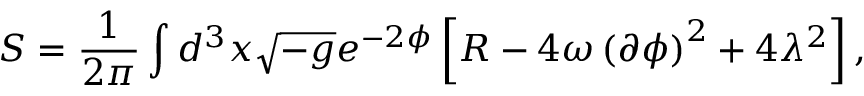
S = \frac { 1 } { 2 \pi } \int d ^ { 3 } x \sqrt { - g } e ^ { - 2 \phi } \left[ R - 4 \omega \left( \partial \phi \right) ^ { 2 } + 4 \lambda ^ { 2 } \right] ,